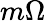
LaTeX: m\Omega